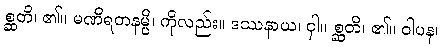
စ္ဆတိ၊ ၏။ မဏိရတနမ္ပိ၊ ကိုလည်း။ ဒဿနာယ၊ ငှါ။ စ္ဆတိ၊ ၏။ ဝါပန၊